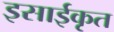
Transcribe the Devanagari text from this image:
इसाईकृत